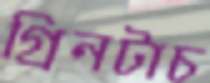
গ্রিনটাচ